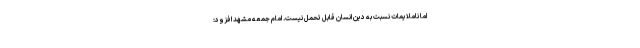
اما ناملایمات نسبت به دین انسان قابل تحمل نیست. امام جمعه مشهد افزود: